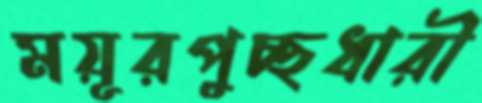
ময়ূরপুচ্ছধারী